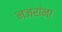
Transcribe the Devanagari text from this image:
नजरांना